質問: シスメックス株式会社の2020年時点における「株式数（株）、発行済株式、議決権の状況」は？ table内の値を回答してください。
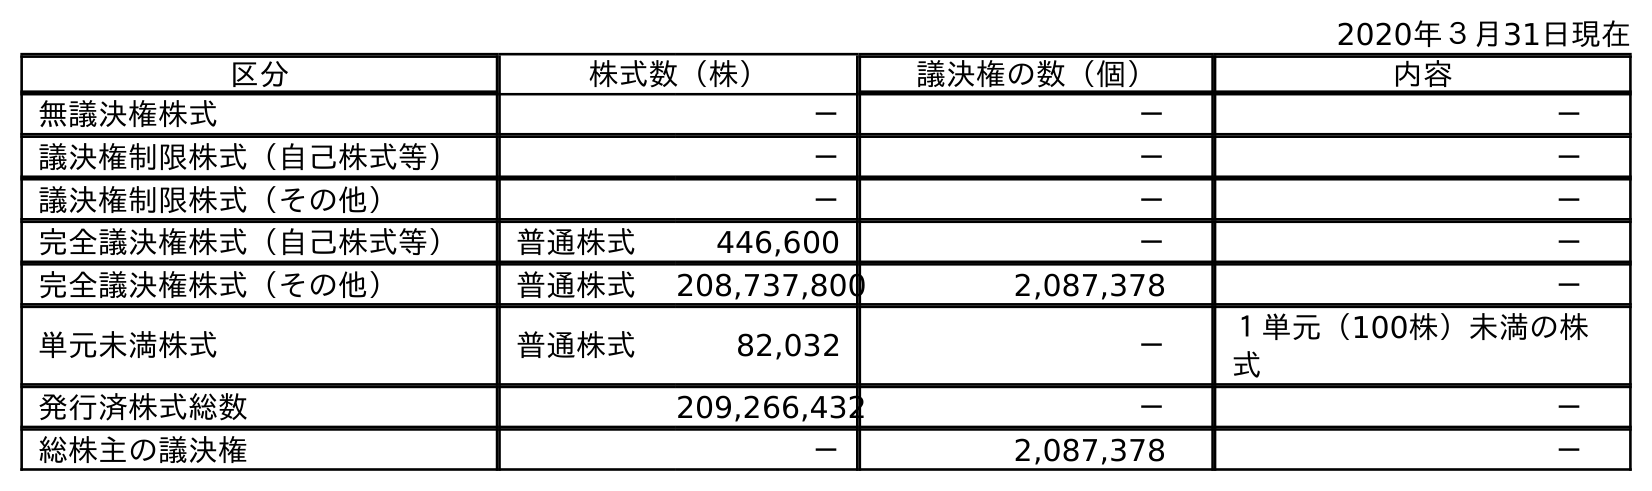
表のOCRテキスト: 2020年３月31日現在 区分 株式数（株） 議決権の数（個） 内容 無議決権株式 － － － 議決権制限株式（自己株式等） － － － 議決権制限株式（その他） － － － 完全議決権株式（自己株式等） 普通株式 446,600 － － 完全議決権株式（その他） 普通株式 208,737,800 2,087,378 － 単元未満株式 普通株式 82,032 － １単元（100株）未満の株 式 発行済株式総数 209,266,432 － － 総株主の議決権 － 2,087,378 －
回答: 209,266,432